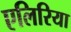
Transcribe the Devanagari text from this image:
एलिरिया